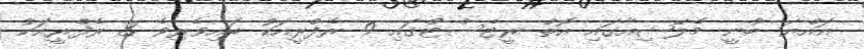
އައްޔަ ބުނީ މެލޭޝިއާގައި އޮތް ރީޓެސްޓްގައި 9 ރެފްރީއަކު ބައިވެރިވެ 3 ރެފްރީއަކު